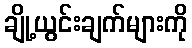
ချို့ယွင်းချက်များကို